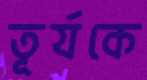
তূর্যকে